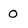
Character: 0